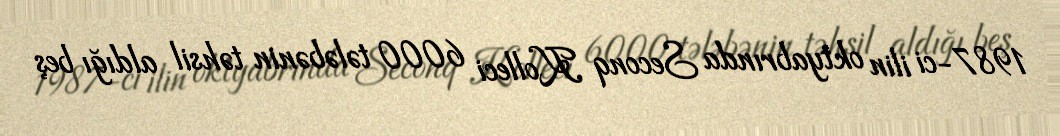
1987-ci ilin oktyabrında Seconq Kolleci 6000 tələbənin təhsil aldığı beş